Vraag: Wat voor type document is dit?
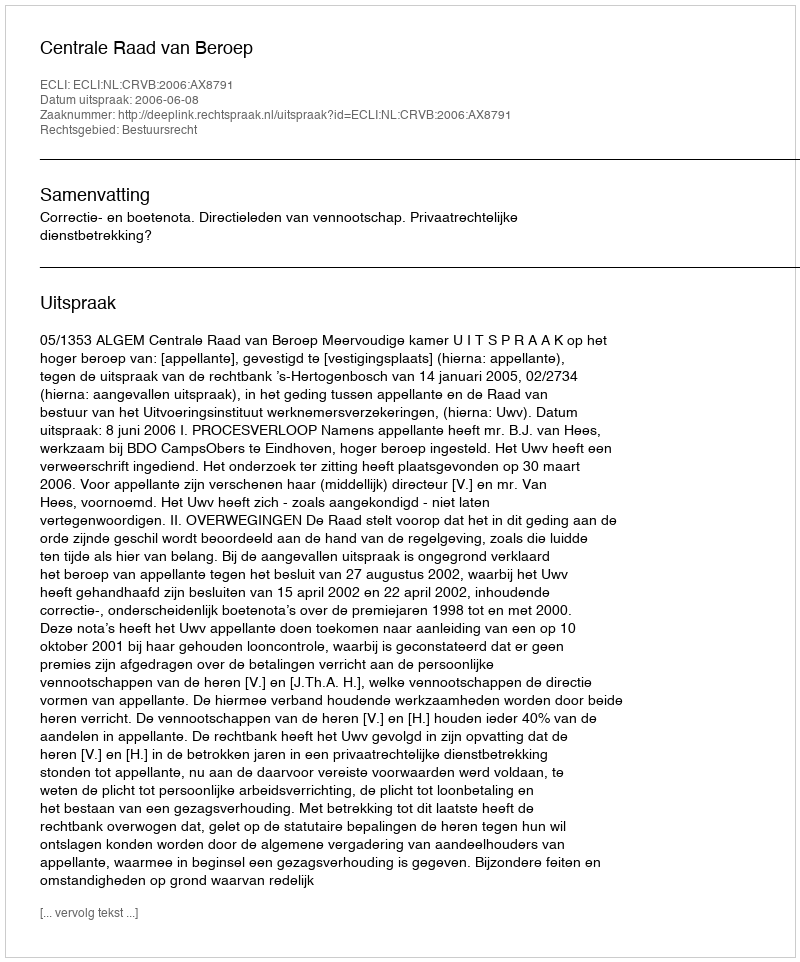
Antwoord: Uitspraak